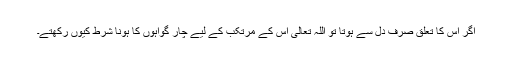
اگر اس کا تعلق صرف دل سے ہوتا تو اللہ تعالیٰ اس کے مرتکب کے لیے چار گواہوں کا ہونا شرط کیوں رکھتے۔